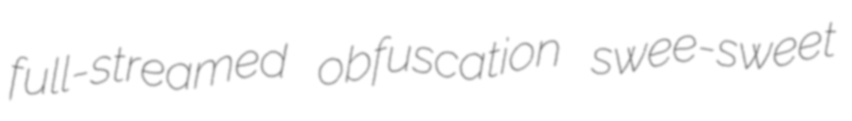
full-streamed obfuscation swee-sweet